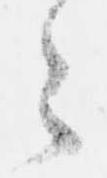
々